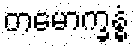
တမောက္ခန္ဓံ